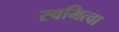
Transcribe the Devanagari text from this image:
स्वमित्वा